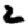
Digit: 2